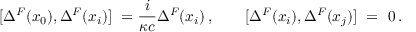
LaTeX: [ \Delta ^ { F } ( x _ { 0 } ) , \Delta ^ { F } ( x _ { i } ) ] \ = \- \frac { i } { \kappa c } \Delta ^ { F } ( x _ { i } ) \, , \qquad [ \Delta ^ { F } ( x _ { i } ) , \Delta ^ { F } ( x _ { j } ) ] \ = \ 0 \, .